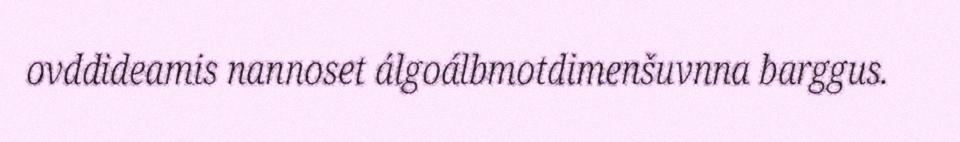
ovddideamis nannoset álgoálbmotdimenšuvnna barggus.